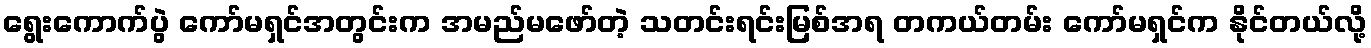
ရွေးကောက်ပွဲ ကော်မရှင်အတွင်းက အမည်မဖော်တဲ့ သတင်းရင်းမြစ်အရ တကယ်တမ်း ကော်မရှင်က နိုင်တယ်လို့